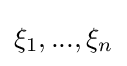
\xi _{1},...,\xi _{n}